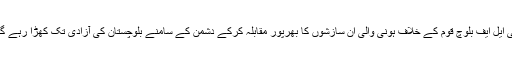
بی ایل ایف بلوچ قوم کے خلاف ہونی والی ان سازشوں کا بھرپور مقابلہ کرکے دشمن کے سامنے بلوچستان کی آزادی تک کھڑا رہے گا۔